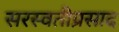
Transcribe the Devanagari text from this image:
सरस्वतीप्रसाद